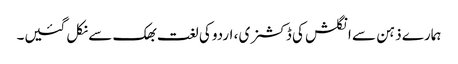
ہمارے ذہن سے انگلش کی ڈکشنری ، اردو کی لغت بھک سے نکل گئیں۔